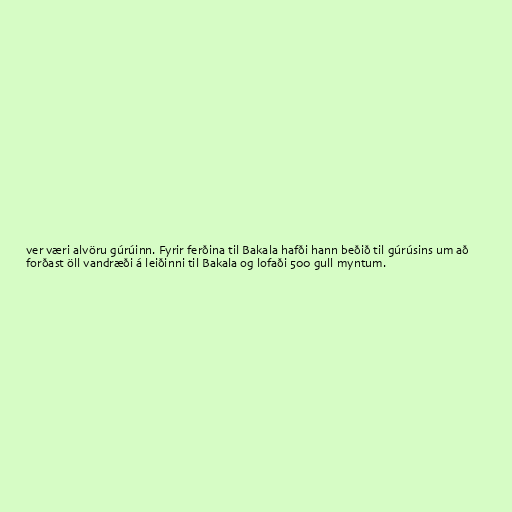
ver væri alvöru gúrúinn. Fyrir ferðina til Bakala hafði hann beðið til gúrúsins um að
forðast öll vandræði á leiðinni til Bakala og lofaði 500 gull myntum.